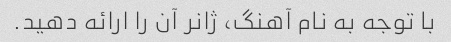
با توجه به نام آهنگ، ژانر آن را ارائه دهید.